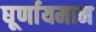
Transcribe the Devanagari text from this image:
घूर्णायमान